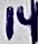
Text: 14